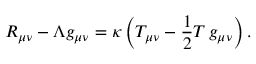
R _ { \mu \nu } - \Lambda g _ { \mu \nu } = \kappa \left( T _ { \mu \nu } - { \frac { 1 } { 2 } } T \, g _ { \mu \nu } \right) .